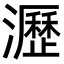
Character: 瀝